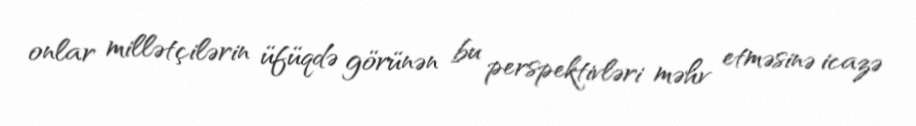
onlar millətçilərin üfüqdə görünən bu perspektivləri məhv etməsinə icazə